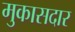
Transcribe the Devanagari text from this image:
मुकासदार